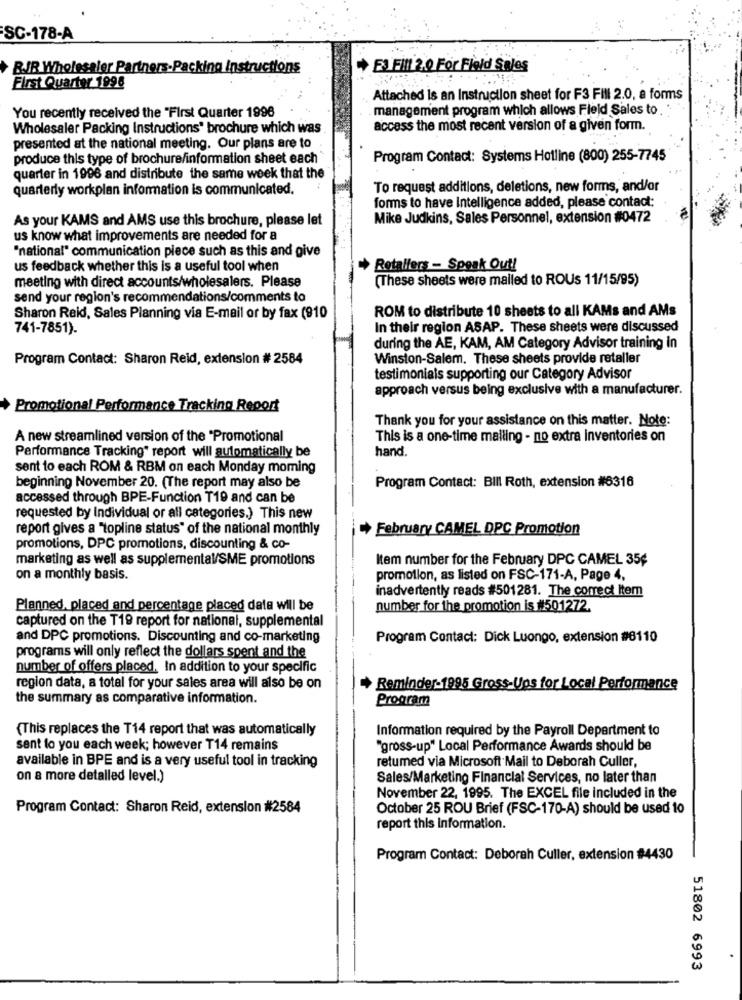
SC-178-A
BJR Wholesaler Partners-Packing Instructions
+ E3 Fill 2.0 For Field Sales
First Quarter 1996
Attached is an Instruction sheet for F3 Fill 2.0, a forms
You recently received the "First Quarter 1996
management program which allows Field Sales to .
Wholesaler Packing Instructions' brochure which was
access the most recent version of a given form.
presented at the national meeting. Our plans are to
produce this type of brochure/information sheet each
Program Contact: Systems Hotline (800) 255-7745
quarter in 1996 and distribute the same week that the
quarterly workplan information is communicated.
To request additions, deletions, new forms, and/or
forms to have Intelligence added, please contact:
As your KAMS and AMS use this brochure, please let
Mike Judkins, Sales Personnel, extension #0472
us know what improvements are needed for a
"national" communication piece such as this and give
us feedback whether this is a useful tool when
+ Retailers - Speak Out!
meeting with direct accounts/wholesalers. Please
(These sheets were mailed to ROUs 11/15/95)
send your region's recommendations/comments to
ROM to distribute 10 sheets to all KAMs and AMs
Sharon Reid, Sales Planning via E-mail or by fax (810
741-7851).
In their region ASAP. These sheets were discussed
during the AE, KAM, AM Category Advisor training in
Program Contact: Sharon Reid, extension # 2584
Winston-Salem. These sheets provide retaller
testimonials supporting our Category Advisor
approach versus being exclusive with a manufacturer.
Promotional Performance Tracking Report
Thank you for your assistance on this matter. Note:
A new streamlined version of the "Promotional
This is a one-time mailing - no extra inventories on
Performance Tracking" report will automatically be
hand.
sent to each ROM & RBM on each Monday moming
beginning November 20. (The report may also be
Program Contact: BIII Roth, extension #6316
accessed through BPE-Function T19 and can be
requested by Individual or all categories.) This new
report gives a "topline status" of the national monthly
February CAMEL DPC Promotion
promotions, DPC promotions, discounting & co-
marketing as well as supplemental/SME promotions
Item number for the February DPC CAMEL 35¢
on a monthly basis.
promotion, as listed on FSC-171-A, Page 4,
inadvertently reads #501281. The correct Item
Planned, placed and percentage placed data will be
number for the promotion is #501272.
captured on the T19 report for national, supplemental
and DPC promotions. Discounting and co-marketing
Program Contact: Dick Luongo, extension #8110
programs will only reflect the dollars spent and the
number of offers placed. In addition to your specific
region data, a total for your sales area will also be on
Reminder-1995 Gross-Ups for Local Performance
the summary as comparative information.
Program
(This replaces the T14 report that was automatically
Information required by the Payroll Department to
sent to you each week; however T14 remains
"gross-up" Local Performance Awards should be
available in BPE and is a very useful tool in tracking
retumed via Microsoft Mail to Deborah Culler,
on a more detailed level.)
Sales/Marketing Financial Services, no later than
November 22, 1995. The EXCEL file included in the
Program Contact: Sharon Reid, extension #2584
October 25 ROU Brief (FSC-170-A) should be used 10
report this Information.
Program Contact: Deborah Culler, extension #4430
-
51802 6993